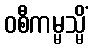
ဝစီကမ္မသ္မိံ